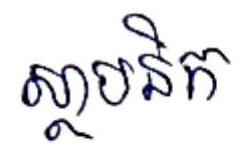
ស្ថាបនិក